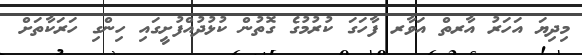
މިދިޔަ އަހަރު އާރތް އަވާރ ފާހަގަ ކުރުމުގެ ގޮތުން ކުޅުދުއްފުށީގައި ހިންގި ހަރަކާތަށް